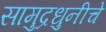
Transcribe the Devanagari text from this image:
सामुद्रधुनीचे